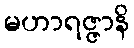
မဟာရဇ္ဇာနိ